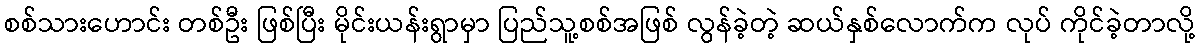
စစ်သားဟောင်း တစ်ဦး ဖြစ်ပြီး မိုင်းယန်းရွာမှာ ပြည်သူ့စစ်အဖြစ် လွန်ခဲ့တဲ့ ဆယ်နှစ်လောက်က လုပ် ကိုင်ခဲ့တာလို့